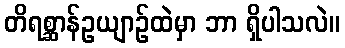
တိရစ္ဆာန်ဥယျာဉ်ထဲမှာ ဘာ ရှိပါသလဲ။